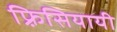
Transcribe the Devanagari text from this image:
फ़्रिसियायी